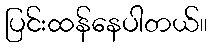
ပြင်းထန်နေပါတယ်။